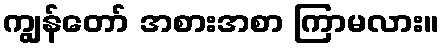
ကျွန်တော် အစားအစာ ကြာမလား။